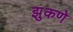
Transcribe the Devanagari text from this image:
झुकणे